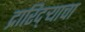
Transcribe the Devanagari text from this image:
द्रारिद्‌र्‍याचा